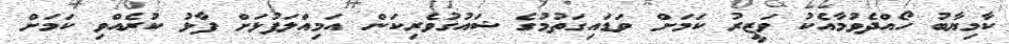
ކާމިޔާބު ހޯއްދެވުމާއެކު ވަޒީރު ކަމަށް ވަޑައިގަތުމުގެ ޝައުގުވެރިކަން އަމިއްލަފުޅަށް ފާޅު ކުރެއްވި ކަމަށް